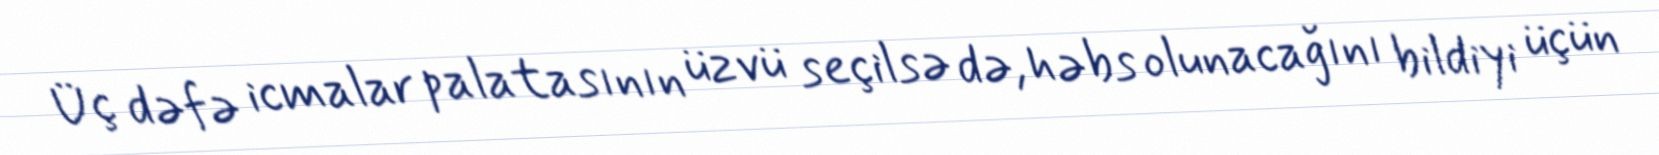
Üç dəfə icmalar palatasının üzvü seçilsə də, həbs olunacağını bildiyi üçün